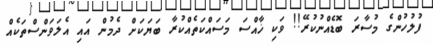
ފުލުހުންގެ މުސާރަ ބޮޑެއްނުކުރޭ!! ވަކި ޚާއްސަ މަސައްކަތެއްކުރާ ބަޔަކަށް ދެމުން އައި އެލަވަންސްތަކެއް